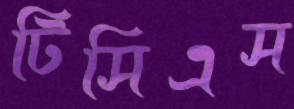
টিসিএস